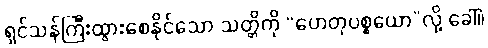
ရှင်သန်ကြီးထွားစေနိုင်သော သတ္တိကို “ဟေတုပစ္စယော”လို့ ခေါ်။